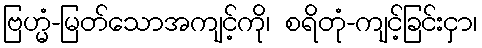
ဗြဟ္မံ-မြတ်သောအကျင့်ကို၊ စရိတုံ-ကျင့်ခြင်းငှာ၊